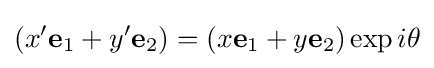
(x'\mathbf {e} _{1}+y'\mathbf {e} _{2})=(x\mathbf {e} _{1}+y\mathbf {e} _{2})\exp {i\theta }